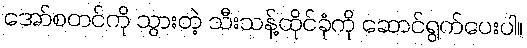
အော်စတင်ကို သွားတဲ့ သီးသန့်ထိုင်ခုံကို ဆောင်ရွက်ပေးပါ။